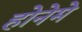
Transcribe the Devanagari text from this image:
होनेमे